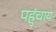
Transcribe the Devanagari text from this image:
पहुंचाय